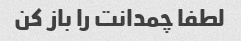
لطفا چمدانت را باز کن